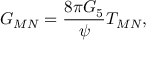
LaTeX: { \cal G } _ { M N } = { \frac { 8 \pi G _ { 5 } } { \psi } } { \cal T } _ { M N } ,